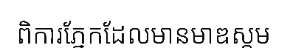
ពិការភ្នែកដែលមានមាឌស្គម